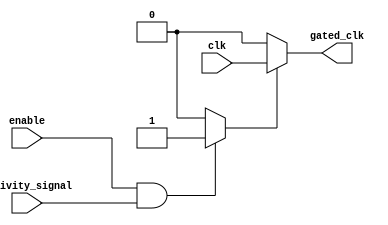
module dynamic_clock_gating (
    input wire clk,                // Original clock signal
    input wire enable,             // Enable signal from memory controller
    input wire activity_signal,     // Activity signal indicating read/write operations
    output wire gated_clk          // Gated clock output
);

// Clock Gating Control Logic
reg gating_signal;

// Generate gating signal based on activity
always @(*) begin
    if (enable && activity_signal) begin
        gating_signal = 1'b1; // Active when there is activity
    end else begin
        gating_signal = 1'b0; // Gated when idle
    end
end

// Clock Gating Cell
assign gated_clk = gating_signal ? clk : 1'b0; // Output original clock or disabled clock

endmodule